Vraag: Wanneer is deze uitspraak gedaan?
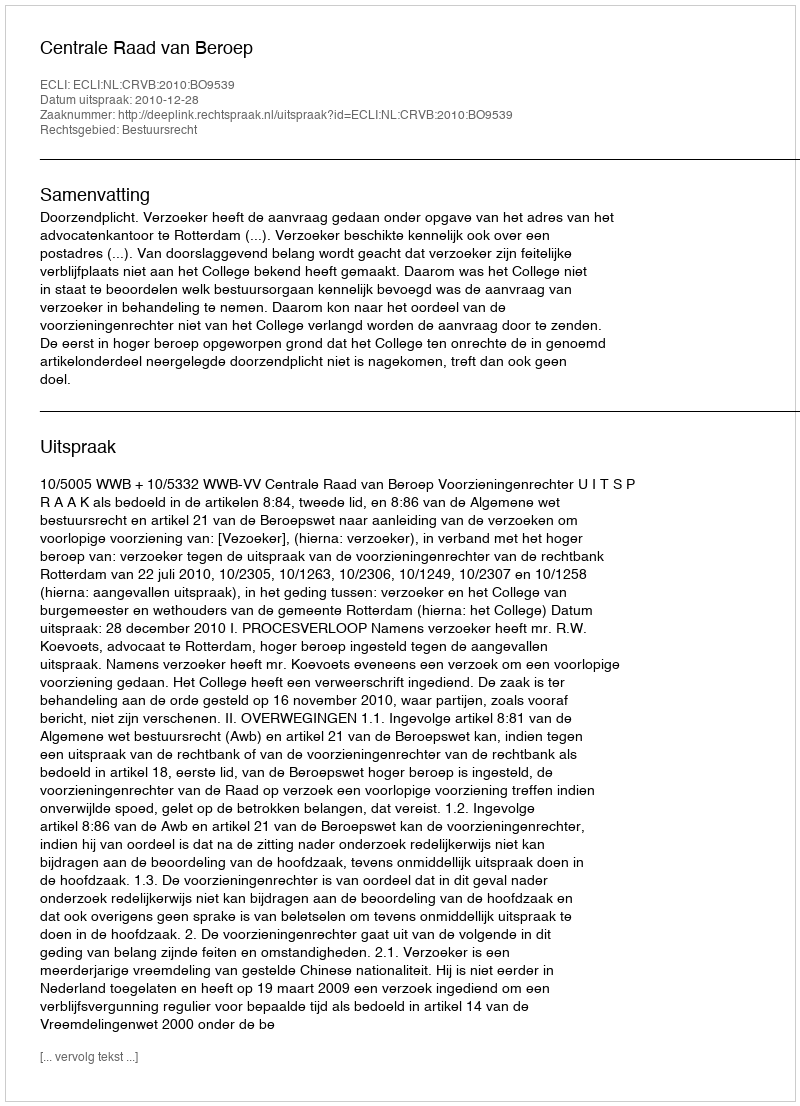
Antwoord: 2010-12-28